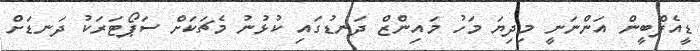
ޑީއެފްބީން އަންނަނީ މިދިޔަ މަހު މައިންޒް ދަނޑުގައި ކުޅުނު މެޗަކަށް ސަޕޯޓަރަކު ދަނޑަށް